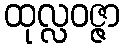
ထုလ္လဝဇ္ဇာ